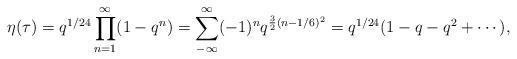
LaTeX: \begin{align*}\eta(\tau)=q^{1/24}\prod^{\infty}_{n=1}(1-q^n)=\sum_{-\infty}^{\infty}(-1)^{n}q^{\frac{3}{2}(n-1/6)^2}= q^{1/24}(1 - q - q^2 + \cdots),\end{align*}